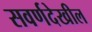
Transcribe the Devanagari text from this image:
सवर्णदेखील